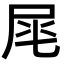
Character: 𡱕